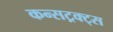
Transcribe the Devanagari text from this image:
कन्सट्रक्ट्स